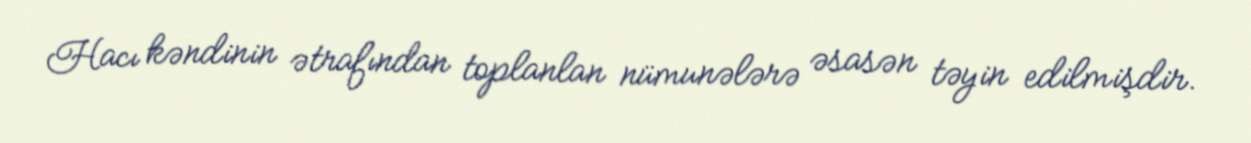
Hacı kəndinin ətrafından toplanlan nümunələrə əsasən təyin edilmişdir.